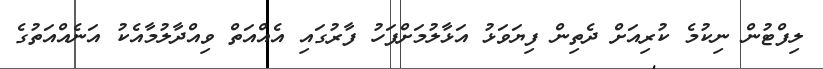
ލިފްޓުން ނިކުމެ ކުރިއަށް ދެތިން ފިޔަވަޅު އަޅާލުމަށްފަހު ފާރުގައި އެއްއަތް ވިއްދާލުމާއެކު އަނެއްއަތުގެ